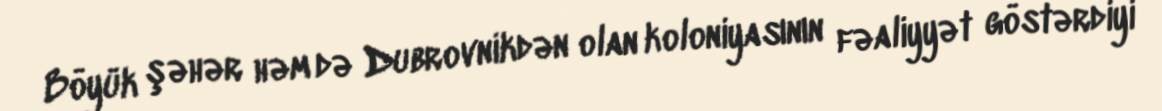
Böyük şəhər həm də Dubrovnikdən olan koloniyasının fəaliyyət göstərdiyi